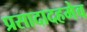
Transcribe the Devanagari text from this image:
प्रसादादहमेव